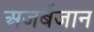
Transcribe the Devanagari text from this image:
अजर्बैजान